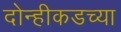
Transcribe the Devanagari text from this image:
दोन्हीकडच्या